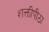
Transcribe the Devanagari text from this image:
शक्तीपीठा